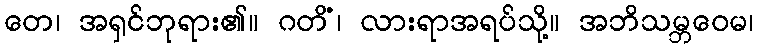
တေ၊ အရှင်ဘုရား၏။ ဂတိံ၊ လားရာအရပ်သို့။ အဘိသမ္ဘဝေမ၊